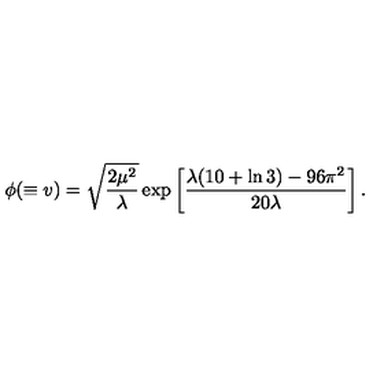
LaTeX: \phi ( \equiv v ) = \sqrt { \frac { 2 \mu ^ { 2 } } { \lambda } } \exp \left[ \frac { \lambda ( 1 0 + \ln 3 ) - 9 6 \pi ^ { 2 } } { 2 0 \lambda } \right] .